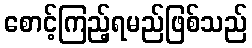
စောင့်ကြည့်ရမည်ဖြစ်သည်